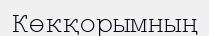
Көкқорымның